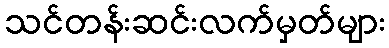
သင်တန်းဆင်းလက်မှတ်များ